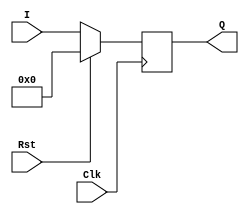
`timescale 1ns/1ns

module Reg4(I, Q, Clk, Rst);

    input [3:0] I;
    output [3:0] Q;
    reg [3:0] Q;
    input Clk, Rst;

    always @(posedge Clk) begin
        if (Rst == 1)
            Q <= 4'b0000;
        else
            Q <= I;
        
    end

endmodule